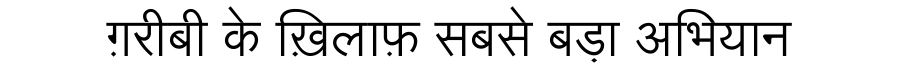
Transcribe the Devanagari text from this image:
ग़रीबी के ख़िलाफ़ सबसे बड़ा अभियान